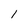
Character: 1